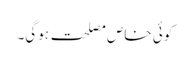
کوئی خاص مصلحت ہوگی۔